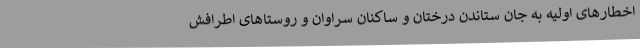
اخطارهای اولیه به جان ستاندن درختان و ساکنان سراوان و روستاهای اطرافش